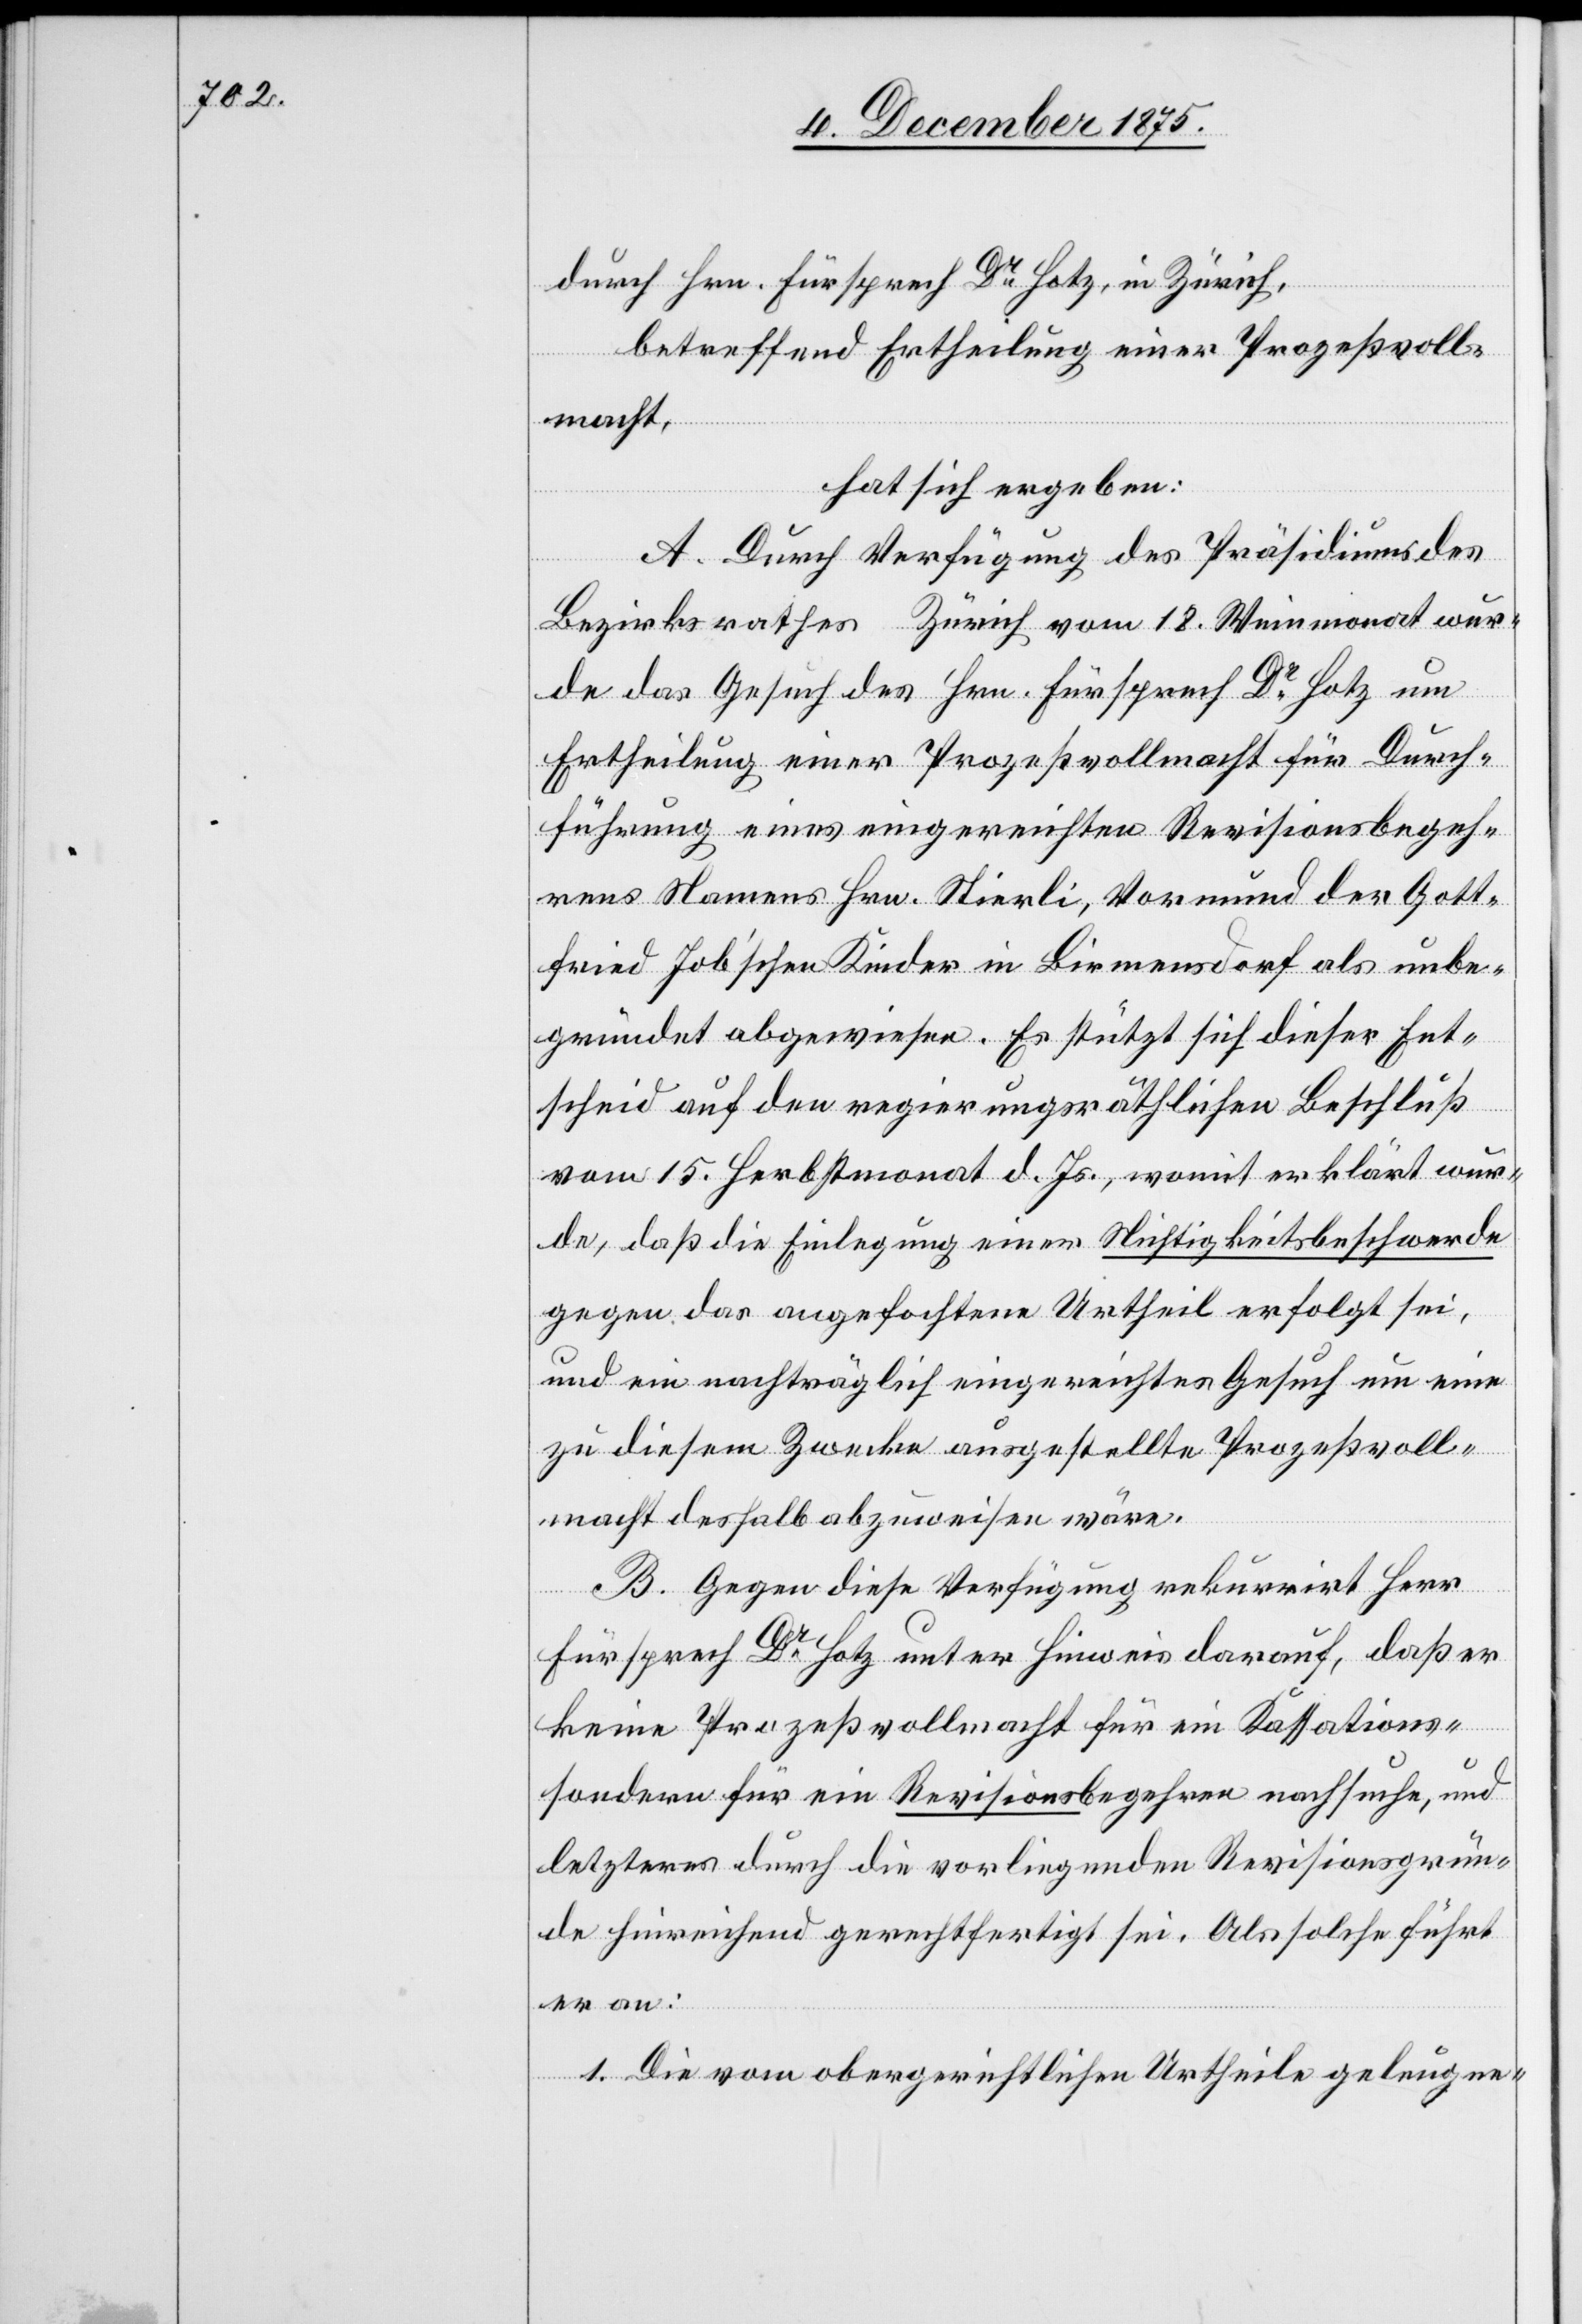
durch Hrn. Fürsprech Dr Hotz, in Zürich,
betreffend Ertheilung einer Prozeßvoll¬
macht,
hat sich ergeben:
A. Durch Verfügung des Präsidiums des
Bezirksrathes Zürich vom 18. Weinmonat wur¬
de das Gesuch des Hrn. Fürsprech Dr Hotz um
Ertheilung einer Prozeßvollmacht für Durch¬
führung eines eingereichten Revisionsbegeh¬
rens Namens Hrn. Stierli, Vormund der Gott¬
fried Job‘schen Kinder in Birmensdorf als unbe¬
gründet abgewiesen. Es stützt sich dieser Ent¬
scheid auf den regierungsräthlichen Beschluß
vom 15. Herbstmonat d. Js., womit erklärt wur¬
de, daß die Einlegung einer Nichtigkeitsbeschwerde
gegen das angefochtene Urtheil erfolgt sei,
und ein nachträglich eingereichtes Gesuch um eine
zu diesem Zwecke ausgestellte Prozeßvoll¬
macht deshalb abzuweisen wäre.
B. Gegen diese Verfügung rekurrirt Herr
Fürsprech Dr Hotz unter Hinweis darauf, daß er
keine Prozeßvollmacht für ein Kassations-
sondern für ein Revisionsbegehren nachsuche, und
letzteres durch die vorliegenden Revisionsgrün¬
de hinreichend gerechtfertigt sei. Als solche führt
er an:
1. Die vom obergerichtlichen Urtheile geleugne-